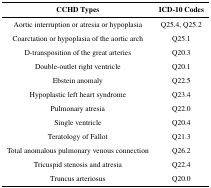
<table><thead><tr><td><b>CCHD Types</b></td><td><b>ICD-10 Codes</b></td></tr></thead><tbody><tr><td>Aortic interruption or atresia or hypoplasia</td><td>Q25.4, Q25.2</td></tr><tr><td>Coarctation or hypoplasia of the aortic arch</td><td>Q25.1</td></tr><tr><td>D-transposition of the great arteries</td><td>Q20.3</td></tr><tr><td>Double-outlet right ventricle</td><td>Q20.1</td></tr><tr><td>Ebstein anomaly</td><td>Q22.5</td></tr><tr><td>Hypoplastic left heart syndrome</td><td>Q23.4</td></tr><tr><td>Pulmonary atresia</td><td>Q22.0</td></tr><tr><td>Single ventricle</td><td>Q20.4</td></tr><tr><td>Teratology of Fallot</td><td>Q21.3</td></tr><tr><td>Total anomalous pulmonary venous connection</td><td>Q26.2</td></tr><tr><td>Tricuspid stenosis and atresia</td><td>Q22.4</td></tr><tr><td>Truncus arteriosus</td><td>Q20.0</td></tr></tbody></table>